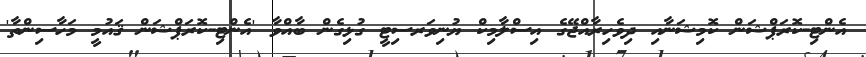
އެންޓި-ކޮރަޕްޝަން ކޮމިޝަނާއި ދިވެހިރާއްޖޭގެ އިސްލާމިކް ޔުނިވަރސިޓީ ގުޅިގެން ބާއްވާ 'އެންޓި-ކޮރަޕްޝަން ޤައުމީ މަހާސިންތާ'